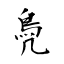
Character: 鳧